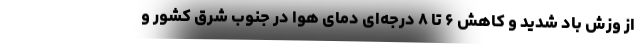
از وزش باد شدید و کاهش ۶ تا ۸ درجه‌ای دمای هوا در جنوب شرق کشور و